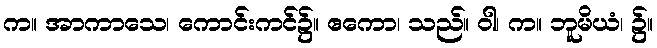
က။ အာကာသေ၊ ကောင်းကင်၌။ ဧကော၊ သည်။ ဝါ၊ က။ ဘူမိယံ၊ ၌။